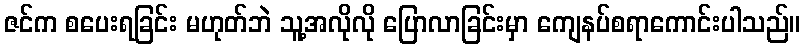
ဇင်က စပေးရခြင်း မဟုတ်ဘဲ သူ့အလိုလို ပြောလာခြင်းမှာ ကျေနပ်စရာကောင်းပါသည်။